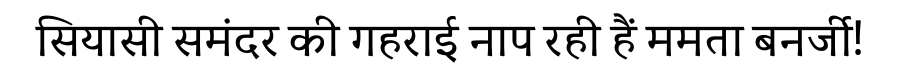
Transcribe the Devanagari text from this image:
सियासी समंदर की गहराई नाप रही हैं ममता बनर्जी!